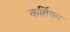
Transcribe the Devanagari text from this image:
कर्तिका